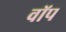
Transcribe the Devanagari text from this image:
वॉप